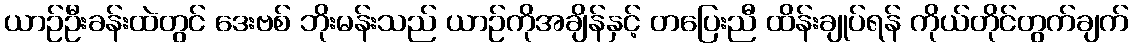
ယာဉ်ဦးခန်းထဲတွင် ဒေးဗစ် ဘိုးမန်းသည် ယာဉ်ကိုအချိန်နှင့် တပြေးညီ ထိန်းချုပ်ရန် ကိုယ်တိုင်တွက်ချက်